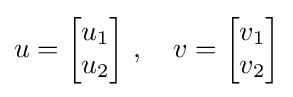
u={\begin{bmatrix}u_{1}\\u_{2}\end{bmatrix}}~,\quad v={\begin{bmatrix}v_{1}\\v_{2}\end{bmatrix}}